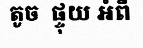
តូច  ផ្ទុយ អំពី